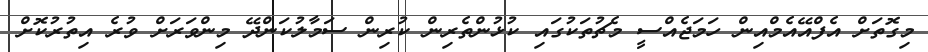
މިގޮތަށް އެފްއޭއެމްއިން ހަމަޖެއްސީ މެޗުތަކުގައި ކުޅުންތެރިން ކުރިން ސަމާލުކަންދޭ މިންވަރަށް ވުރެ އިތުރުކޮށް